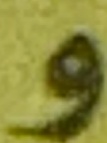
و